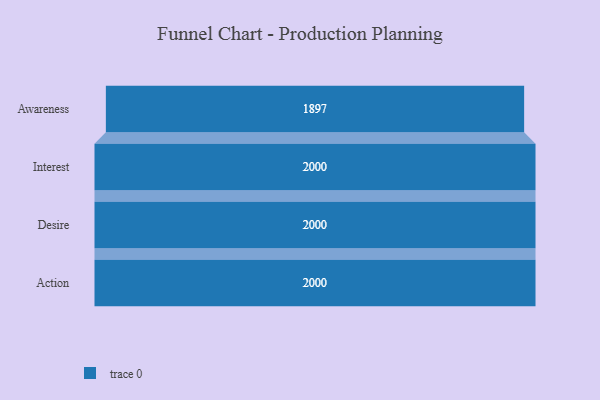
{"axis": {"x": "Stage", "y": "Value"}, "legend": [""], "data": [{"x": "Awareness", "y": 1897.0, "type": ""}, {"x": "Interest", "y": 2000, "type": ""}, {"x": "Desire", "y": 2000, "type": ""}, {"x": "Action", "y": 2000, "type": ""}]}